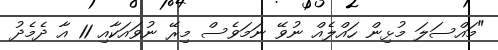
"މައްސަލަ މުޅިން ހައްލެއް ނުވޭ ނަމަވެސް މިރޭ ނުވައަކާއި 11 އާ ދެމެދު